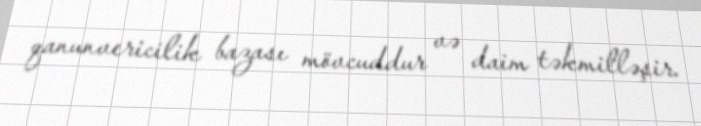
qanunvericilik bazası mövcuddur və daim təkmilləşir.